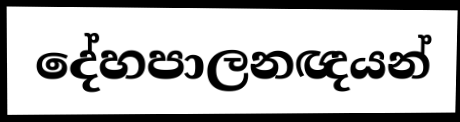
දේහපාලනඥයන්